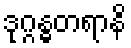
ဒုဂ္ဂန္ဓတရာနိ